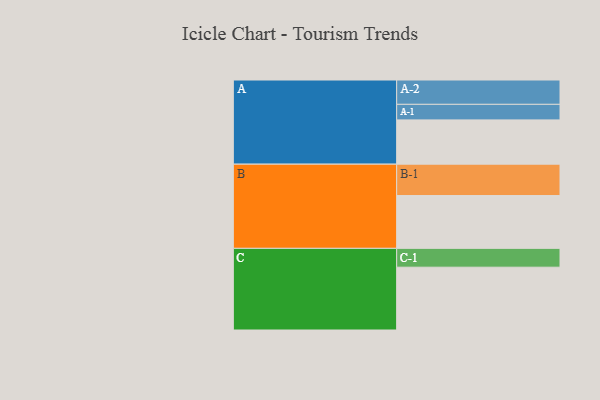
{"axis": {"x": "Segment", "y": "Value"}, "legend": ["", "A", "B", "C"], "data": [{"x": "A", "y": 404, "type": ""}, {"x": "B", "y": 482, "type": ""}, {"x": "C", "y": 573, "type": ""}, {"x": "A-1", "y": 142, "type": "A"}, {"x": "A-2", "y": 222, "type": "A"}, {"x": "B-1", "y": 286, "type": "B"}, {"x": "C-1", "y": 172, "type": "C"}]}